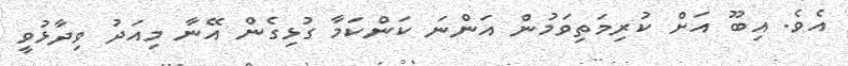
އެވެ. އިބޫ އަށް ކުރިމަތިވަމުން އަންނަ ކަންކަމާ ގުޅިގެން އޭނާ މިއަދު ވިދާޅުވީ